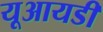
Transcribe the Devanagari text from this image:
यूआयडी